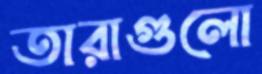
তারাগুলো